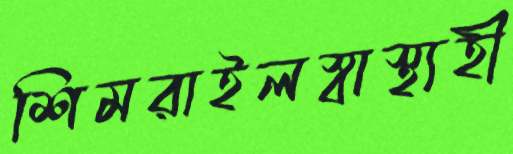
শিমরাইলস্বাস্থ্যহী